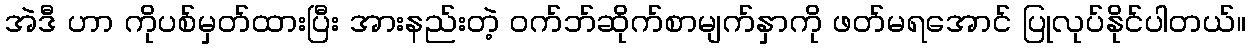
အဲဒီ ဟာ ကိုပစ်မှတ်ထားပြီး အားနည်းတဲ့ ဝက်ဘ်ဆိုက်စာမျက်နှာကို ဖတ်မရအောင် ပြုလုပ်နိုင်ပါတယ်။